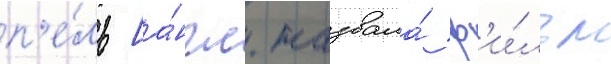
п'е́ль [а́нгл. назвала́ ф'и́льм